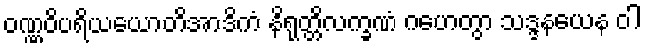
ဝဏ္ဏဝိပရိယယောတိအာဒိကံ နိရုတ္တိလက္ခဏံ ဂဟေတွာ သဒ္ဒနယေန ဝါ